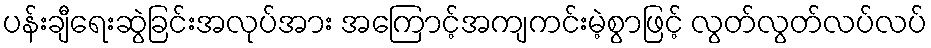
ပန်းချီရေးဆွဲခြင်းအလုပ်အား အကြောင့်အကျကင်းမဲ့စွာဖြင့် လွတ်လွတ်လပ်လပ်